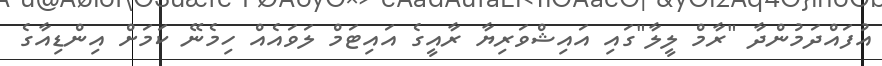
އުފައްދަމުންދާ "ރާމް ލީލާ"ގައި އައިޝްވަރިޔާ ރާއީގެ އައިޓަމް ލަވައެއް ހިމެނޭ ކަމަށް އިންޑިއާގެ